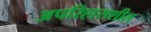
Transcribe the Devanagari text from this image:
अपरिहासशील